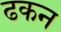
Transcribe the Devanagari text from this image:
ढकन